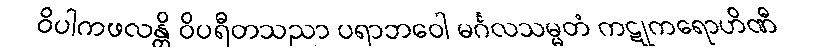
ဝိပါကဖလန္တိ ဝိပရီတသညာ ပရာဘဝေါ မင်္ဂလသမ္မတံ ကဋုကရောဟိဏီ